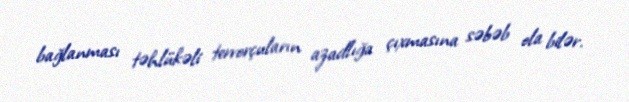
bağlanması təhlükəli terrorçuların azadlığa çıxmasına səbəb ola bilər.